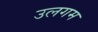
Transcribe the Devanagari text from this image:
उलगम